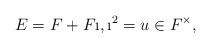
LaTeX: \begin{align*}E=F+F\i, \i^2 = u \in F^\times,\end{align*}